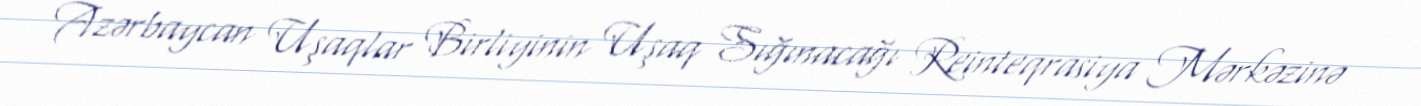
Azərbaycan Uşaqlar Birliyinin Uşaq Sığınacağı Reinteqrasiya Mərkəzinə